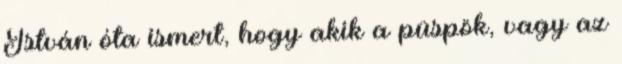
István óta ismert, hogy akik a püspök, vagy az